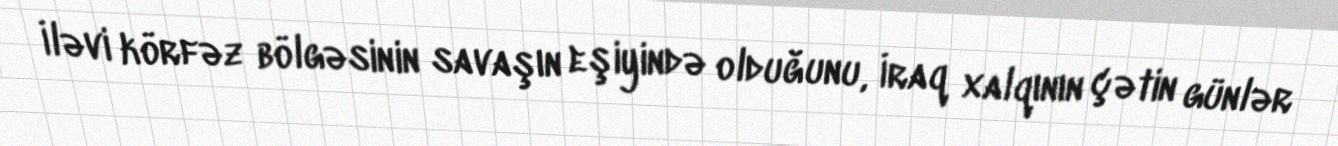
İləvi körfəz bölgəsinin savaşın eşiyində olduğunu, İraq xalqının çətin günlər